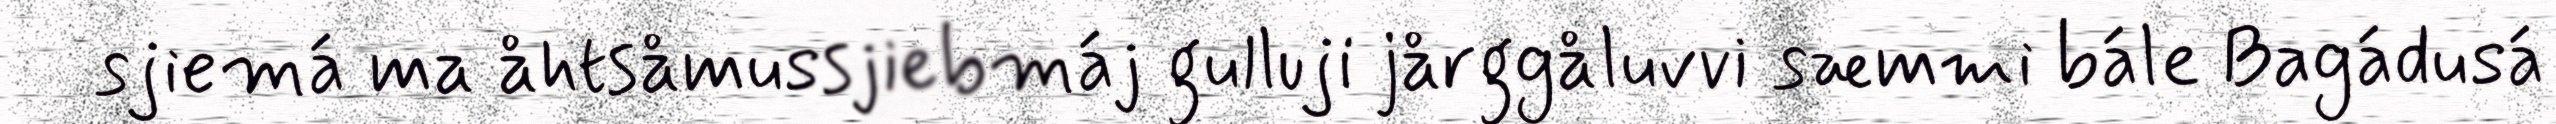
sjiemá ma åhtsåmussjiebmáj gulluji jårggåluvvi sæmmi bále Bagádusá